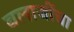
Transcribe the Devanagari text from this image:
बलाजींचा